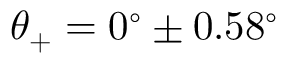
\theta _ { + } = 0 ^ { \circ } \pm 0 . 5 8 ^ { \circ }